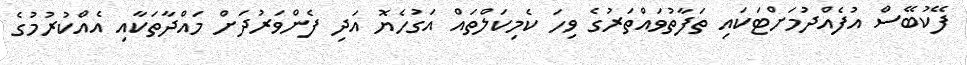
ފޭކުބޭސް އުފެއްދުމަށްޓަކައި ތަފާތުވައްތަރުގެ ވިހަ ކެމިކަލްތައް އަގުހެޔޮ އަދި ފެންވަރުދަށް މައްދާތަކާއި އެއްކުރުމުގެ